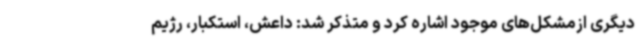
دیگری ازمشکل‌های موجود اشاره کرد و متذکر شد: داعش، استکبار، رژیم